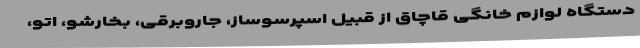
دستگاه لوازم خانگی قاچاق از قبیل اسپرسوساز، جاروبرقی، بخارشو، اتو،